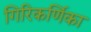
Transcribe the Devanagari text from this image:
गिरिकर्णिका